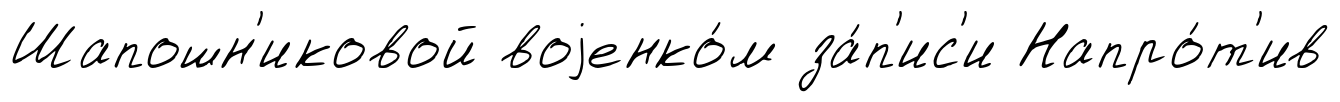
Шапошн'иковой воjенко́м за́п'ис'и Напро́т'ив